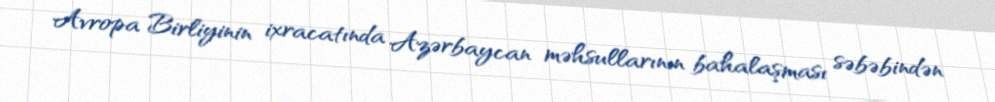
Avropa Birliyinin ixracatında Azərbaycan məhsullarının bahalaşması səbəbindən